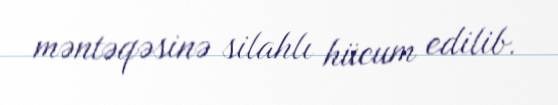
məntəqəsinə silahlı hücum edilib.